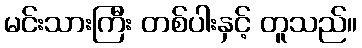
မင်းသားကြီး တစ်ပါးနှင့် တူသည်။